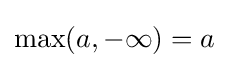
\max(a,-\infty )=a